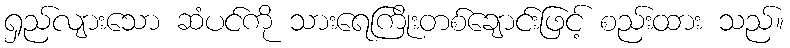
ရှည်လျားသော ဆံပင်ကို သားရေကြိုးတစ်ချောင်းဖြင့် စည်းထား သည်။